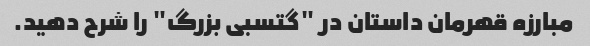
مبارزه قهرمان داستان در "گتسبی بزرگ" را شرح دهید.